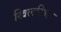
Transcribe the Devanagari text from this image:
खिलखिल